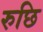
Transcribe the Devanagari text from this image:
रुछि